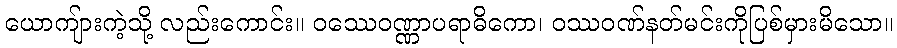
ယောကျ်ားကဲ့သို့ လည်းကောင်း။ ဝဿေဝဏ္ဏာပရာဓိကော၊ ဝဿဝဏ်နတ်မင်းကိုပြစ်မှားမိသော။